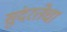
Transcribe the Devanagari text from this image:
सुंदरतेचा